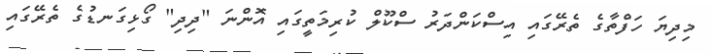
މިދިޔަ ހަފްތާގެ ތެރޭގައި އިސްކަންދަރު ސްކޫލް ކުރިމަތީގައި އޮންނަ "ދިދި" ގޯޅިގަނޑުގެ ތެރޭގައި